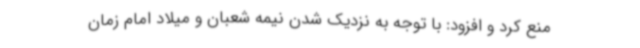
منع کرد و افزود: با توجه به نزدیک شدن نیمه شعبان و میلاد امام زمان